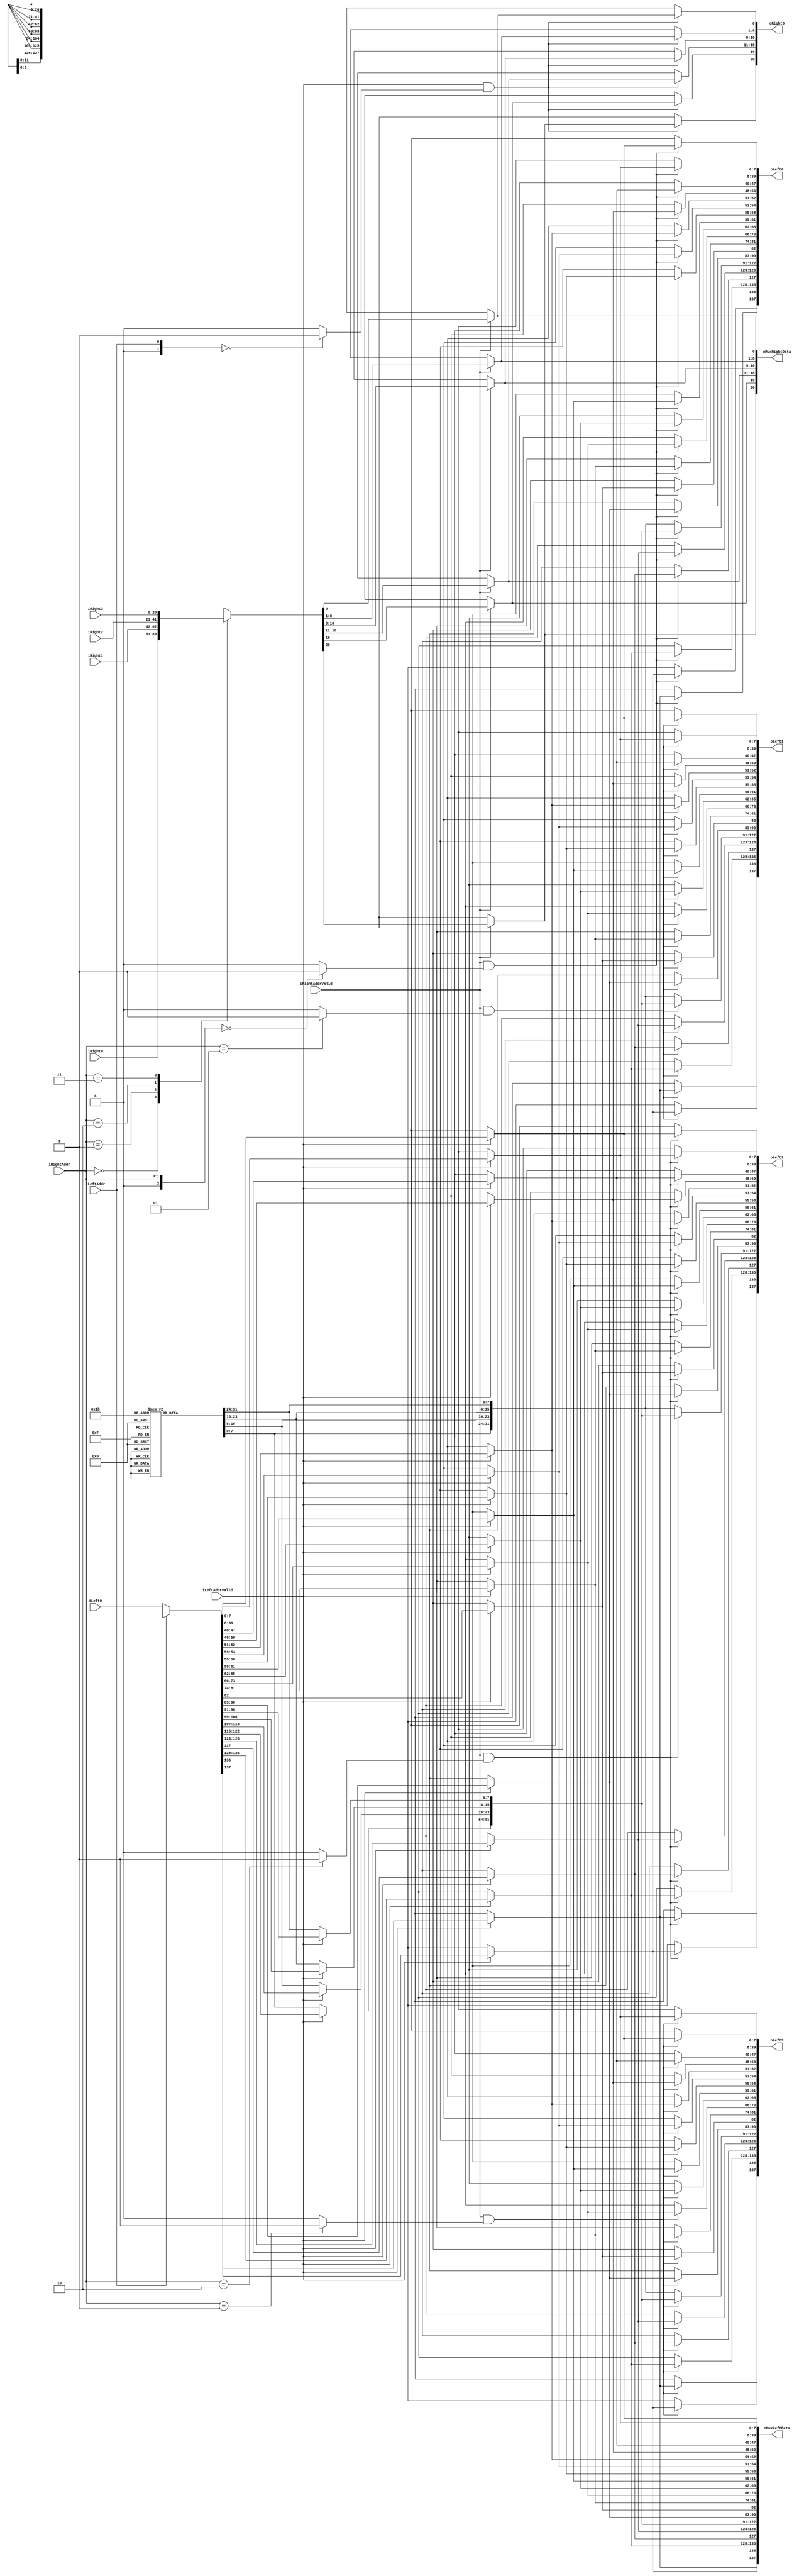
`timescale 1ns/1ps
`default_nettype none
// PLEASE READ THIS, IT MAY SAVE YOU SOME TIME AND MONEY, THANK YOU!
// * This file was generated by Quokka FPGA Toolkit.
// * Generated code is your property, do whatever you want with it
// * Place custom code between [BEGIN USER ***] and [END USER ***].
// * CAUTION: All code outside of [USER] scope is subject to regeneration.
// * Bad things happen sometimes in developer's life,
//   it is recommended to use source control management software (e.g. git, bzr etc) to keep your custom code safe'n'sound.
// * Internal structure of code is subject to change.
//   You can use some of signals in custom code, but most likely they will not exist in future (e.g. will get shorter or gone completely)
// * Please send your feedback, comments, improvement ideas etc. to evmuryshkin@gmail.com
// * Visit https://github.com/EvgenyMuryshkin/QuokkaEvaluation to access latest version of playground
//
// DISCLAIMER:
//   Code comes AS-IS, it is your responsibility to make sure it is working as expected
//   no responsibility will be taken for any loss or damage caused by use of Quokka toolkit.
//
// System configuration name is AXISoCQuadCoreModule_TopLevel_cpu3Interconnect_writeInterconnect_DuplexMux, clock frequency is 1Hz, Embedded
// FSM summary
// -- Packages
module AXISoCQuadCoreModule_TopLevel_cpu3Interconnect_writeInterconnect_DuplexMux
(
	// [BEGIN USER PORTS]
	// [END USER PORTS]
	input wire [137:0] iLeft0,
	input wire [0:0] iLeftAddr,
	input wire iLeftAddrValid,
	input wire [20:0] iRight0,
	input wire [20:0] iRight1,
	input wire [20:0] iRight2,
	input wire [20:0] iRight3,
	input wire [1:0] iRightAddr,
	input wire iRightAddrValid,
	output wire [137:0] oLeft0,
	output wire [137:0] oLeft1,
	output wire [137:0] oLeft2,
	output wire [137:0] oLeft3,
	output wire [137:0] oMuxLeftData,
	output wire [20:0] oMuxRightData,
	output wire [20:0] oRight0
);
	// [BEGIN USER SIGNALS]
	// [END USER SIGNALS]
	localparam HiSignal = 1'b1;
	localparam LoSignal = 1'b0;
	wire Zero = 1'b0;
	wire One = 1'b1;
	wire true = 1'b1;
	wire false = 1'b0;
	wire signed [1: 0] leftCount = 2'b01;
	wire signed [3: 0] rightCount = 4'b0100;
	wire FullDuplexMuxModule_L94F13L104T14_0_rightIndex = 1'b0;
	wire FullDuplexMuxModule_L94F13L104T14_1_rightIndex = 1'b1;
	wire [1: 0] FullDuplexMuxModule_L94F13L104T14_2_rightIndex = 2'b10;
	wire [1: 0] FullDuplexMuxModule_L94F13L104T14_3_rightIndex = 2'b11;
	wire FullDuplexMuxModule_L118F13L128T14_0_leftIndex = 1'b0;
	wire [0: 0] Inputs_iLeftAddr;
	wire Inputs_iLeftAddrValid;
	wire [1: 0] Inputs_iRightAddr;
	wire Inputs_iRightAddrValid;
	reg [7: 0] mEmptyLeftData_AW_AWID;
	reg [31: 0] mEmptyLeftData_AW_AWADDR;
	reg [7: 0] mEmptyLeftData_AW_AWLEN;
	reg [2: 0] mEmptyLeftData_AW_AWSIZE;
	reg [1: 0] mEmptyLeftData_AW_AWBURST;
	reg [1: 0] mEmptyLeftData_AW_AWLOCK;
	reg [3: 0] mEmptyLeftData_AW_AWCACHE;
	reg [2: 0] mEmptyLeftData_AW_AWPROT;
	reg [3: 0] mEmptyLeftData_AW_AWQOS;
	reg [7: 0] mEmptyLeftData_AW_AWREGION;
	reg [7: 0] mEmptyLeftData_AW_AWUSER;
	reg mEmptyLeftData_AW_AWVALID;
	reg [7: 0] mEmptyLeftData_W_WID;
	reg [3: 0] mEmptyLeftData_W_WSTRB;
	reg mEmptyLeftData_W_WLAST;
	reg [7: 0] mEmptyLeftData_W_WUSER;
	reg mEmptyLeftData_W_WVALID;
	reg mEmptyLeftData_B_BREADY;
	reg mEmptyRightData_AW_AWREADY;
	reg [7: 0] mEmptyRightData_B_BID;
	reg [1: 0] mEmptyRightData_B_BRESP;
	reg [7: 0] mEmptyRightData_B_BUSER;
	reg mEmptyRightData_B_BVALID;
	reg mEmptyRightData_W_WREADY;
	reg [7: 0] mMuxLeftData_AW_AWID;
	reg [31: 0] mMuxLeftData_AW_AWADDR;
	reg [7: 0] mMuxLeftData_AW_AWLEN;
	reg [2: 0] mMuxLeftData_AW_AWSIZE;
	reg [1: 0] mMuxLeftData_AW_AWBURST;
	reg [1: 0] mMuxLeftData_AW_AWLOCK;
	reg [3: 0] mMuxLeftData_AW_AWCACHE;
	reg [2: 0] mMuxLeftData_AW_AWPROT;
	reg [3: 0] mMuxLeftData_AW_AWQOS;
	reg [7: 0] mMuxLeftData_AW_AWREGION;
	reg [7: 0] mMuxLeftData_AW_AWUSER;
	reg mMuxLeftData_AW_AWVALID;
	reg [7: 0] mMuxLeftData_W_WID;
	reg [3: 0] mMuxLeftData_W_WSTRB;
	reg mMuxLeftData_W_WLAST;
	reg [7: 0] mMuxLeftData_W_WUSER;
	reg mMuxLeftData_W_WVALID;
	reg mMuxLeftData_B_BREADY;
	reg mMuxRightData_AW_AWREADY;
	reg [7: 0] mMuxRightData_B_BID;
	reg [1: 0] mMuxRightData_B_BRESP;
	reg [7: 0] mMuxRightData_B_BUSER;
	reg mMuxRightData_B_BVALID;
	reg mMuxRightData_W_WREADY;
	wire FullDuplexMuxModule_L94F13L104T14_0_FullDuplexMuxModule_L96F21T78_Expr;
	wire FullDuplexMuxModule_L94F13L104T14_0_FullDuplexMuxModule_L96F21T78_Expr_1;
	wire FullDuplexMuxModule_L94F13L104T14_0_FullDuplexMuxModule_L96F21T78_Expr_2;
	wire FullDuplexMuxModule_L94F13L104T14_1_FullDuplexMuxModule_L96F21T78_Expr;
	wire FullDuplexMuxModule_L94F13L104T14_1_FullDuplexMuxModule_L96F21T78_Expr_1;
	wire FullDuplexMuxModule_L94F13L104T14_1_FullDuplexMuxModule_L96F21T78_Expr_2;
	wire FullDuplexMuxModule_L94F13L104T14_2_FullDuplexMuxModule_L96F21T78_Expr;
	wire FullDuplexMuxModule_L94F13L104T14_2_FullDuplexMuxModule_L96F21T78_Expr_1;
	wire FullDuplexMuxModule_L94F13L104T14_2_FullDuplexMuxModule_L96F21T78_Expr_2;
	wire FullDuplexMuxModule_L94F13L104T14_3_FullDuplexMuxModule_L96F21T78_Expr;
	wire FullDuplexMuxModule_L94F13L104T14_3_FullDuplexMuxModule_L96F21T78_Expr_1;
	wire FullDuplexMuxModule_L94F13L104T14_3_FullDuplexMuxModule_L96F21T78_Expr_2;
	wire FullDuplexMuxModule_L118F13L128T14_0_FullDuplexMuxModule_L120F21T75_Expr;
	wire FullDuplexMuxModule_L118F13L128T14_0_FullDuplexMuxModule_L120F21T75_Expr_1;
	wire FullDuplexMuxModule_L118F13L128T14_0_FullDuplexMuxModule_L120F21T75_Expr_2;
	wire FullDuplexMuxModule_L94F13L104T14_0_FullDuplexMuxModule_L96F47T78_Expr;
	wire signed [2: 0] FullDuplexMuxModule_L94F13L104T14_0_FullDuplexMuxModule_L96F47T78_ExprLhs;
	wire signed [2: 0] FullDuplexMuxModule_L94F13L104T14_0_FullDuplexMuxModule_L96F47T78_ExprRhs;
	wire FullDuplexMuxModule_L94F13L104T14_1_FullDuplexMuxModule_L96F47T78_Expr;
	wire signed [2: 0] FullDuplexMuxModule_L94F13L104T14_1_FullDuplexMuxModule_L96F47T78_ExprLhs;
	wire signed [2: 0] FullDuplexMuxModule_L94F13L104T14_1_FullDuplexMuxModule_L96F47T78_ExprRhs;
	wire FullDuplexMuxModule_L94F13L104T14_2_FullDuplexMuxModule_L96F47T78_Expr;
	wire signed [2: 0] FullDuplexMuxModule_L94F13L104T14_2_FullDuplexMuxModule_L96F47T78_ExprLhs;
	wire signed [2: 0] FullDuplexMuxModule_L94F13L104T14_2_FullDuplexMuxModule_L96F47T78_ExprRhs;
	wire FullDuplexMuxModule_L94F13L104T14_3_FullDuplexMuxModule_L96F47T78_Expr;
	wire signed [2: 0] FullDuplexMuxModule_L94F13L104T14_3_FullDuplexMuxModule_L96F47T78_ExprLhs;
	wire signed [2: 0] FullDuplexMuxModule_L94F13L104T14_3_FullDuplexMuxModule_L96F47T78_ExprRhs;
	wire FullDuplexMuxModule_L118F13L128T14_0_FullDuplexMuxModule_L120F46T75_Expr;
	wire signed [1: 0] FullDuplexMuxModule_L118F13L128T14_0_FullDuplexMuxModule_L120F46T75_ExprLhs;
	wire signed [1: 0] FullDuplexMuxModule_L118F13L128T14_0_FullDuplexMuxModule_L120F46T75_ExprRhs;
	wire [137 : 0] Inputs_iLeft [0 : 0];
	wire [20 : 0] Inputs_iRight [0 : 3];
	reg [7 : 0] mEmptyLeftData_W_WDATA [0 : 3];
	integer mEmptyLeftData_W_WDATA_i;
	initial
	begin : Init_mEmptyLeftData_W_WDATA
		for (mEmptyLeftData_W_WDATA_i = 0; mEmptyLeftData_W_WDATA_i < 4; mEmptyLeftData_W_WDATA_i = mEmptyLeftData_W_WDATA_i + 1)
			mEmptyLeftData_W_WDATA[mEmptyLeftData_W_WDATA_i] = 0;
	end
	reg [7 : 0] mMuxLeftData_W_WDATA [0 : 3];
	integer mMuxLeftData_W_WDATA_i;
	initial
	begin : Init_mMuxLeftData_W_WDATA
		for (mMuxLeftData_W_WDATA_i = 0; mMuxLeftData_W_WDATA_i < 4; mMuxLeftData_W_WDATA_i = mMuxLeftData_W_WDATA_i + 1)
			mMuxLeftData_W_WDATA[mMuxLeftData_W_WDATA_i] = 0;
	end
	reg [137 : 0] mOutLeftData [0 : 3];
	integer mOutLeftData_i;
	initial
	begin : Init_mOutLeftData
		for (mOutLeftData_i = 0; mOutLeftData_i < 4; mOutLeftData_i = mOutLeftData_i + 1)
			mOutLeftData[mOutLeftData_i] = 0;
	end
	reg [20 : 0] mOutRightData [0 : 0];
	integer mOutRightData_i;
	initial
	begin : Init_mOutRightData
		for (mOutRightData_i = 0; mOutRightData_i < 1; mOutRightData_i = mOutRightData_i + 1)
			mOutRightData[mOutRightData_i] = 0;
	end
	assign FullDuplexMuxModule_L94F13L104T14_0_FullDuplexMuxModule_L96F47T78_Expr = FullDuplexMuxModule_L94F13L104T14_0_FullDuplexMuxModule_L96F47T78_ExprLhs == FullDuplexMuxModule_L94F13L104T14_0_FullDuplexMuxModule_L96F47T78_ExprRhs ? 1'b1 : 1'b0;
	assign FullDuplexMuxModule_L94F13L104T14_1_FullDuplexMuxModule_L96F47T78_Expr = FullDuplexMuxModule_L94F13L104T14_1_FullDuplexMuxModule_L96F47T78_ExprLhs == FullDuplexMuxModule_L94F13L104T14_1_FullDuplexMuxModule_L96F47T78_ExprRhs ? 1'b1 : 1'b0;
	assign FullDuplexMuxModule_L94F13L104T14_2_FullDuplexMuxModule_L96F47T78_Expr = FullDuplexMuxModule_L94F13L104T14_2_FullDuplexMuxModule_L96F47T78_ExprLhs == FullDuplexMuxModule_L94F13L104T14_2_FullDuplexMuxModule_L96F47T78_ExprRhs ? 1'b1 : 1'b0;
	assign FullDuplexMuxModule_L94F13L104T14_3_FullDuplexMuxModule_L96F47T78_Expr = FullDuplexMuxModule_L94F13L104T14_3_FullDuplexMuxModule_L96F47T78_ExprLhs == FullDuplexMuxModule_L94F13L104T14_3_FullDuplexMuxModule_L96F47T78_ExprRhs ? 1'b1 : 1'b0;
	assign FullDuplexMuxModule_L118F13L128T14_0_FullDuplexMuxModule_L120F46T75_Expr = FullDuplexMuxModule_L118F13L128T14_0_FullDuplexMuxModule_L120F46T75_ExprLhs == FullDuplexMuxModule_L118F13L128T14_0_FullDuplexMuxModule_L120F46T75_ExprRhs ? 1'b1 : 1'b0;
	assign FullDuplexMuxModule_L94F13L104T14_0_FullDuplexMuxModule_L96F21T78_Expr = FullDuplexMuxModule_L94F13L104T14_0_FullDuplexMuxModule_L96F21T78_Expr_1 & FullDuplexMuxModule_L94F13L104T14_0_FullDuplexMuxModule_L96F21T78_Expr_2;
	assign FullDuplexMuxModule_L94F13L104T14_1_FullDuplexMuxModule_L96F21T78_Expr = FullDuplexMuxModule_L94F13L104T14_1_FullDuplexMuxModule_L96F21T78_Expr_1 & FullDuplexMuxModule_L94F13L104T14_1_FullDuplexMuxModule_L96F21T78_Expr_2;
	assign FullDuplexMuxModule_L94F13L104T14_2_FullDuplexMuxModule_L96F21T78_Expr = FullDuplexMuxModule_L94F13L104T14_2_FullDuplexMuxModule_L96F21T78_Expr_1 & FullDuplexMuxModule_L94F13L104T14_2_FullDuplexMuxModule_L96F21T78_Expr_2;
	assign FullDuplexMuxModule_L94F13L104T14_3_FullDuplexMuxModule_L96F21T78_Expr = FullDuplexMuxModule_L94F13L104T14_3_FullDuplexMuxModule_L96F21T78_Expr_1 & FullDuplexMuxModule_L94F13L104T14_3_FullDuplexMuxModule_L96F21T78_Expr_2;
	assign FullDuplexMuxModule_L118F13L128T14_0_FullDuplexMuxModule_L120F21T75_Expr = FullDuplexMuxModule_L118F13L128T14_0_FullDuplexMuxModule_L120F21T75_Expr_1 & FullDuplexMuxModule_L118F13L128T14_0_FullDuplexMuxModule_L120F21T75_Expr_2;
	always @ (*)
	begin
		if ((Inputs_iLeftAddrValid == 1))
		begin
			mMuxLeftData_B_BREADY = Inputs_iLeft[Inputs_iLeftAddr][137];
			mMuxLeftData_W_WVALID = Inputs_iLeft[Inputs_iLeftAddr][136];
			mMuxLeftData_W_WUSER = Inputs_iLeft[Inputs_iLeftAddr][135:128];
			mMuxLeftData_W_WLAST = Inputs_iLeft[Inputs_iLeftAddr][127];
			mMuxLeftData_W_WSTRB = Inputs_iLeft[Inputs_iLeftAddr][126:123];
			mMuxLeftData_W_WDATA[3] = Inputs_iLeft[Inputs_iLeftAddr][122:115];
			mMuxLeftData_W_WDATA[2] = Inputs_iLeft[Inputs_iLeftAddr][114:107];
			mMuxLeftData_W_WDATA[1] = Inputs_iLeft[Inputs_iLeftAddr][106:99];
			mMuxLeftData_W_WDATA[0] = Inputs_iLeft[Inputs_iLeftAddr][98:91];
			mMuxLeftData_W_WID = Inputs_iLeft[Inputs_iLeftAddr][90:83];
			mMuxLeftData_AW_AWVALID = Inputs_iLeft[Inputs_iLeftAddr][82];
			mMuxLeftData_AW_AWUSER = Inputs_iLeft[Inputs_iLeftAddr][81:74];
			mMuxLeftData_AW_AWREGION = Inputs_iLeft[Inputs_iLeftAddr][73:66];
			mMuxLeftData_AW_AWQOS = Inputs_iLeft[Inputs_iLeftAddr][65:62];
			mMuxLeftData_AW_AWPROT = Inputs_iLeft[Inputs_iLeftAddr][61:59];
			mMuxLeftData_AW_AWCACHE = Inputs_iLeft[Inputs_iLeftAddr][58:55];
			mMuxLeftData_AW_AWLOCK = Inputs_iLeft[Inputs_iLeftAddr][54:53];
			mMuxLeftData_AW_AWBURST = Inputs_iLeft[Inputs_iLeftAddr][52:51];
			mMuxLeftData_AW_AWSIZE = Inputs_iLeft[Inputs_iLeftAddr][50:48];
			mMuxLeftData_AW_AWLEN = Inputs_iLeft[Inputs_iLeftAddr][47:40];
			mMuxLeftData_AW_AWADDR = Inputs_iLeft[Inputs_iLeftAddr][39:8];
			mMuxLeftData_AW_AWID = Inputs_iLeft[Inputs_iLeftAddr][7:0];
		end
		else
		begin
			mMuxLeftData_AW_AWID = mEmptyLeftData_AW_AWID;
			mMuxLeftData_AW_AWADDR = mEmptyLeftData_AW_AWADDR;
			mMuxLeftData_AW_AWLEN = mEmptyLeftData_AW_AWLEN;
			mMuxLeftData_AW_AWSIZE = mEmptyLeftData_AW_AWSIZE;
			mMuxLeftData_AW_AWBURST = mEmptyLeftData_AW_AWBURST;
			mMuxLeftData_AW_AWLOCK = mEmptyLeftData_AW_AWLOCK;
			mMuxLeftData_AW_AWCACHE = mEmptyLeftData_AW_AWCACHE;
			mMuxLeftData_AW_AWPROT = mEmptyLeftData_AW_AWPROT;
			mMuxLeftData_AW_AWQOS = mEmptyLeftData_AW_AWQOS;
			mMuxLeftData_AW_AWREGION = mEmptyLeftData_AW_AWREGION;
			mMuxLeftData_AW_AWUSER = mEmptyLeftData_AW_AWUSER;
			mMuxLeftData_AW_AWVALID = mEmptyLeftData_AW_AWVALID;
			mMuxLeftData_W_WID = mEmptyLeftData_W_WID;
			mMuxLeftData_W_WDATA[0] = mEmptyLeftData_W_WDATA[0];
			mMuxLeftData_W_WDATA[1] = mEmptyLeftData_W_WDATA[1];
			mMuxLeftData_W_WDATA[2] = mEmptyLeftData_W_WDATA[2];
			mMuxLeftData_W_WDATA[3] = mEmptyLeftData_W_WDATA[3];
			mMuxLeftData_W_WSTRB = mEmptyLeftData_W_WSTRB;
			mMuxLeftData_W_WLAST = mEmptyLeftData_W_WLAST;
			mMuxLeftData_W_WUSER = mEmptyLeftData_W_WUSER;
			mMuxLeftData_W_WVALID = mEmptyLeftData_W_WVALID;
			mMuxLeftData_B_BREADY = mEmptyLeftData_B_BREADY;
		end
	end
	always @ (*)
	begin
		if ((FullDuplexMuxModule_L94F13L104T14_0_FullDuplexMuxModule_L96F21T78_Expr == 1))
		begin
			mOutLeftData[0][137] = mMuxLeftData_B_BREADY;
			mOutLeftData[0][136] = mMuxLeftData_W_WVALID;
			mOutLeftData[0][135:128] = mMuxLeftData_W_WUSER;
			mOutLeftData[0][127] = mMuxLeftData_W_WLAST;
			mOutLeftData[0][126:123] = mMuxLeftData_W_WSTRB;
			mOutLeftData[0][122:91] = {
				mMuxLeftData_W_WDATA[3],
				mMuxLeftData_W_WDATA[2],
				mMuxLeftData_W_WDATA[1],
				mMuxLeftData_W_WDATA[0]
			}
			;
			mOutLeftData[0][90:83] = mMuxLeftData_W_WID;
			mOutLeftData[0][82] = mMuxLeftData_AW_AWVALID;
			mOutLeftData[0][81:74] = mMuxLeftData_AW_AWUSER;
			mOutLeftData[0][73:66] = mMuxLeftData_AW_AWREGION;
			mOutLeftData[0][65:62] = mMuxLeftData_AW_AWQOS;
			mOutLeftData[0][61:59] = mMuxLeftData_AW_AWPROT;
			mOutLeftData[0][58:55] = mMuxLeftData_AW_AWCACHE;
			mOutLeftData[0][54:53] = mMuxLeftData_AW_AWLOCK;
			mOutLeftData[0][52:51] = mMuxLeftData_AW_AWBURST;
			mOutLeftData[0][50:48] = mMuxLeftData_AW_AWSIZE;
			mOutLeftData[0][47:40] = mMuxLeftData_AW_AWLEN;
			mOutLeftData[0][39:8] = mMuxLeftData_AW_AWADDR;
			mOutLeftData[0][7:0] = mMuxLeftData_AW_AWID;
		end
		else
		begin
			mOutLeftData[0][137] = mEmptyLeftData_B_BREADY;
			mOutLeftData[0][136] = mEmptyLeftData_W_WVALID;
			mOutLeftData[0][135:128] = mEmptyLeftData_W_WUSER;
			mOutLeftData[0][127] = mEmptyLeftData_W_WLAST;
			mOutLeftData[0][126:123] = mEmptyLeftData_W_WSTRB;
			mOutLeftData[0][122:91] = {
				mEmptyLeftData_W_WDATA[3],
				mEmptyLeftData_W_WDATA[2],
				mEmptyLeftData_W_WDATA[1],
				mEmptyLeftData_W_WDATA[0]
			}
			;
			mOutLeftData[0][90:83] = mEmptyLeftData_W_WID;
			mOutLeftData[0][82] = mEmptyLeftData_AW_AWVALID;
			mOutLeftData[0][81:74] = mEmptyLeftData_AW_AWUSER;
			mOutLeftData[0][73:66] = mEmptyLeftData_AW_AWREGION;
			mOutLeftData[0][65:62] = mEmptyLeftData_AW_AWQOS;
			mOutLeftData[0][61:59] = mEmptyLeftData_AW_AWPROT;
			mOutLeftData[0][58:55] = mEmptyLeftData_AW_AWCACHE;
			mOutLeftData[0][54:53] = mEmptyLeftData_AW_AWLOCK;
			mOutLeftData[0][52:51] = mEmptyLeftData_AW_AWBURST;
			mOutLeftData[0][50:48] = mEmptyLeftData_AW_AWSIZE;
			mOutLeftData[0][47:40] = mEmptyLeftData_AW_AWLEN;
			mOutLeftData[0][39:8] = mEmptyLeftData_AW_AWADDR;
			mOutLeftData[0][7:0] = mEmptyLeftData_AW_AWID;
		end
	end
	always @ (*)
	begin
		if ((FullDuplexMuxModule_L94F13L104T14_1_FullDuplexMuxModule_L96F21T78_Expr == 1))
		begin
			mOutLeftData[1][137] = mMuxLeftData_B_BREADY;
			mOutLeftData[1][136] = mMuxLeftData_W_WVALID;
			mOutLeftData[1][135:128] = mMuxLeftData_W_WUSER;
			mOutLeftData[1][127] = mMuxLeftData_W_WLAST;
			mOutLeftData[1][126:123] = mMuxLeftData_W_WSTRB;
			mOutLeftData[1][122:91] = {
				mMuxLeftData_W_WDATA[3],
				mMuxLeftData_W_WDATA[2],
				mMuxLeftData_W_WDATA[1],
				mMuxLeftData_W_WDATA[0]
			}
			;
			mOutLeftData[1][90:83] = mMuxLeftData_W_WID;
			mOutLeftData[1][82] = mMuxLeftData_AW_AWVALID;
			mOutLeftData[1][81:74] = mMuxLeftData_AW_AWUSER;
			mOutLeftData[1][73:66] = mMuxLeftData_AW_AWREGION;
			mOutLeftData[1][65:62] = mMuxLeftData_AW_AWQOS;
			mOutLeftData[1][61:59] = mMuxLeftData_AW_AWPROT;
			mOutLeftData[1][58:55] = mMuxLeftData_AW_AWCACHE;
			mOutLeftData[1][54:53] = mMuxLeftData_AW_AWLOCK;
			mOutLeftData[1][52:51] = mMuxLeftData_AW_AWBURST;
			mOutLeftData[1][50:48] = mMuxLeftData_AW_AWSIZE;
			mOutLeftData[1][47:40] = mMuxLeftData_AW_AWLEN;
			mOutLeftData[1][39:8] = mMuxLeftData_AW_AWADDR;
			mOutLeftData[1][7:0] = mMuxLeftData_AW_AWID;
		end
		else
		begin
			mOutLeftData[1][137] = mEmptyLeftData_B_BREADY;
			mOutLeftData[1][136] = mEmptyLeftData_W_WVALID;
			mOutLeftData[1][135:128] = mEmptyLeftData_W_WUSER;
			mOutLeftData[1][127] = mEmptyLeftData_W_WLAST;
			mOutLeftData[1][126:123] = mEmptyLeftData_W_WSTRB;
			mOutLeftData[1][122:91] = {
				mEmptyLeftData_W_WDATA[3],
				mEmptyLeftData_W_WDATA[2],
				mEmptyLeftData_W_WDATA[1],
				mEmptyLeftData_W_WDATA[0]
			}
			;
			mOutLeftData[1][90:83] = mEmptyLeftData_W_WID;
			mOutLeftData[1][82] = mEmptyLeftData_AW_AWVALID;
			mOutLeftData[1][81:74] = mEmptyLeftData_AW_AWUSER;
			mOutLeftData[1][73:66] = mEmptyLeftData_AW_AWREGION;
			mOutLeftData[1][65:62] = mEmptyLeftData_AW_AWQOS;
			mOutLeftData[1][61:59] = mEmptyLeftData_AW_AWPROT;
			mOutLeftData[1][58:55] = mEmptyLeftData_AW_AWCACHE;
			mOutLeftData[1][54:53] = mEmptyLeftData_AW_AWLOCK;
			mOutLeftData[1][52:51] = mEmptyLeftData_AW_AWBURST;
			mOutLeftData[1][50:48] = mEmptyLeftData_AW_AWSIZE;
			mOutLeftData[1][47:40] = mEmptyLeftData_AW_AWLEN;
			mOutLeftData[1][39:8] = mEmptyLeftData_AW_AWADDR;
			mOutLeftData[1][7:0] = mEmptyLeftData_AW_AWID;
		end
	end
	always @ (*)
	begin
		if ((FullDuplexMuxModule_L94F13L104T14_2_FullDuplexMuxModule_L96F21T78_Expr == 1))
		begin
			mOutLeftData[2][137] = mMuxLeftData_B_BREADY;
			mOutLeftData[2][136] = mMuxLeftData_W_WVALID;
			mOutLeftData[2][135:128] = mMuxLeftData_W_WUSER;
			mOutLeftData[2][127] = mMuxLeftData_W_WLAST;
			mOutLeftData[2][126:123] = mMuxLeftData_W_WSTRB;
			mOutLeftData[2][122:91] = {
				mMuxLeftData_W_WDATA[3],
				mMuxLeftData_W_WDATA[2],
				mMuxLeftData_W_WDATA[1],
				mMuxLeftData_W_WDATA[0]
			}
			;
			mOutLeftData[2][90:83] = mMuxLeftData_W_WID;
			mOutLeftData[2][82] = mMuxLeftData_AW_AWVALID;
			mOutLeftData[2][81:74] = mMuxLeftData_AW_AWUSER;
			mOutLeftData[2][73:66] = mMuxLeftData_AW_AWREGION;
			mOutLeftData[2][65:62] = mMuxLeftData_AW_AWQOS;
			mOutLeftData[2][61:59] = mMuxLeftData_AW_AWPROT;
			mOutLeftData[2][58:55] = mMuxLeftData_AW_AWCACHE;
			mOutLeftData[2][54:53] = mMuxLeftData_AW_AWLOCK;
			mOutLeftData[2][52:51] = mMuxLeftData_AW_AWBURST;
			mOutLeftData[2][50:48] = mMuxLeftData_AW_AWSIZE;
			mOutLeftData[2][47:40] = mMuxLeftData_AW_AWLEN;
			mOutLeftData[2][39:8] = mMuxLeftData_AW_AWADDR;
			mOutLeftData[2][7:0] = mMuxLeftData_AW_AWID;
		end
		else
		begin
			mOutLeftData[2][137] = mEmptyLeftData_B_BREADY;
			mOutLeftData[2][136] = mEmptyLeftData_W_WVALID;
			mOutLeftData[2][135:128] = mEmptyLeftData_W_WUSER;
			mOutLeftData[2][127] = mEmptyLeftData_W_WLAST;
			mOutLeftData[2][126:123] = mEmptyLeftData_W_WSTRB;
			mOutLeftData[2][122:91] = {
				mEmptyLeftData_W_WDATA[3],
				mEmptyLeftData_W_WDATA[2],
				mEmptyLeftData_W_WDATA[1],
				mEmptyLeftData_W_WDATA[0]
			}
			;
			mOutLeftData[2][90:83] = mEmptyLeftData_W_WID;
			mOutLeftData[2][82] = mEmptyLeftData_AW_AWVALID;
			mOutLeftData[2][81:74] = mEmptyLeftData_AW_AWUSER;
			mOutLeftData[2][73:66] = mEmptyLeftData_AW_AWREGION;
			mOutLeftData[2][65:62] = mEmptyLeftData_AW_AWQOS;
			mOutLeftData[2][61:59] = mEmptyLeftData_AW_AWPROT;
			mOutLeftData[2][58:55] = mEmptyLeftData_AW_AWCACHE;
			mOutLeftData[2][54:53] = mEmptyLeftData_AW_AWLOCK;
			mOutLeftData[2][52:51] = mEmptyLeftData_AW_AWBURST;
			mOutLeftData[2][50:48] = mEmptyLeftData_AW_AWSIZE;
			mOutLeftData[2][47:40] = mEmptyLeftData_AW_AWLEN;
			mOutLeftData[2][39:8] = mEmptyLeftData_AW_AWADDR;
			mOutLeftData[2][7:0] = mEmptyLeftData_AW_AWID;
		end
	end
	always @ (*)
	begin
		if ((FullDuplexMuxModule_L94F13L104T14_3_FullDuplexMuxModule_L96F21T78_Expr == 1))
		begin
			mOutLeftData[3][137] = mMuxLeftData_B_BREADY;
			mOutLeftData[3][136] = mMuxLeftData_W_WVALID;
			mOutLeftData[3][135:128] = mMuxLeftData_W_WUSER;
			mOutLeftData[3][127] = mMuxLeftData_W_WLAST;
			mOutLeftData[3][126:123] = mMuxLeftData_W_WSTRB;
			mOutLeftData[3][122:91] = {
				mMuxLeftData_W_WDATA[3],
				mMuxLeftData_W_WDATA[2],
				mMuxLeftData_W_WDATA[1],
				mMuxLeftData_W_WDATA[0]
			}
			;
			mOutLeftData[3][90:83] = mMuxLeftData_W_WID;
			mOutLeftData[3][82] = mMuxLeftData_AW_AWVALID;
			mOutLeftData[3][81:74] = mMuxLeftData_AW_AWUSER;
			mOutLeftData[3][73:66] = mMuxLeftData_AW_AWREGION;
			mOutLeftData[3][65:62] = mMuxLeftData_AW_AWQOS;
			mOutLeftData[3][61:59] = mMuxLeftData_AW_AWPROT;
			mOutLeftData[3][58:55] = mMuxLeftData_AW_AWCACHE;
			mOutLeftData[3][54:53] = mMuxLeftData_AW_AWLOCK;
			mOutLeftData[3][52:51] = mMuxLeftData_AW_AWBURST;
			mOutLeftData[3][50:48] = mMuxLeftData_AW_AWSIZE;
			mOutLeftData[3][47:40] = mMuxLeftData_AW_AWLEN;
			mOutLeftData[3][39:8] = mMuxLeftData_AW_AWADDR;
			mOutLeftData[3][7:0] = mMuxLeftData_AW_AWID;
		end
		else
		begin
			mOutLeftData[3][137] = mEmptyLeftData_B_BREADY;
			mOutLeftData[3][136] = mEmptyLeftData_W_WVALID;
			mOutLeftData[3][135:128] = mEmptyLeftData_W_WUSER;
			mOutLeftData[3][127] = mEmptyLeftData_W_WLAST;
			mOutLeftData[3][126:123] = mEmptyLeftData_W_WSTRB;
			mOutLeftData[3][122:91] = {
				mEmptyLeftData_W_WDATA[3],
				mEmptyLeftData_W_WDATA[2],
				mEmptyLeftData_W_WDATA[1],
				mEmptyLeftData_W_WDATA[0]
			}
			;
			mOutLeftData[3][90:83] = mEmptyLeftData_W_WID;
			mOutLeftData[3][82] = mEmptyLeftData_AW_AWVALID;
			mOutLeftData[3][81:74] = mEmptyLeftData_AW_AWUSER;
			mOutLeftData[3][73:66] = mEmptyLeftData_AW_AWREGION;
			mOutLeftData[3][65:62] = mEmptyLeftData_AW_AWQOS;
			mOutLeftData[3][61:59] = mEmptyLeftData_AW_AWPROT;
			mOutLeftData[3][58:55] = mEmptyLeftData_AW_AWCACHE;
			mOutLeftData[3][54:53] = mEmptyLeftData_AW_AWLOCK;
			mOutLeftData[3][52:51] = mEmptyLeftData_AW_AWBURST;
			mOutLeftData[3][50:48] = mEmptyLeftData_AW_AWSIZE;
			mOutLeftData[3][47:40] = mEmptyLeftData_AW_AWLEN;
			mOutLeftData[3][39:8] = mEmptyLeftData_AW_AWADDR;
			mOutLeftData[3][7:0] = mEmptyLeftData_AW_AWID;
		end
	end
	always @ (*)
	begin
		if ((Inputs_iRightAddrValid == 1))
		begin
			mMuxRightData_W_WREADY = Inputs_iRight[Inputs_iRightAddr][20];
			mMuxRightData_B_BVALID = Inputs_iRight[Inputs_iRightAddr][19];
			mMuxRightData_B_BUSER = Inputs_iRight[Inputs_iRightAddr][18:11];
			mMuxRightData_B_BRESP = Inputs_iRight[Inputs_iRightAddr][10:9];
			mMuxRightData_B_BID = Inputs_iRight[Inputs_iRightAddr][8:1];
			mMuxRightData_AW_AWREADY = Inputs_iRight[Inputs_iRightAddr][0];
		end
		else
		begin
			mMuxRightData_AW_AWREADY = mEmptyRightData_AW_AWREADY;
			mMuxRightData_B_BID = mEmptyRightData_B_BID;
			mMuxRightData_B_BRESP = mEmptyRightData_B_BRESP;
			mMuxRightData_B_BUSER = mEmptyRightData_B_BUSER;
			mMuxRightData_B_BVALID = mEmptyRightData_B_BVALID;
			mMuxRightData_W_WREADY = mEmptyRightData_W_WREADY;
		end
	end
	always @ (*)
	begin
		if ((FullDuplexMuxModule_L118F13L128T14_0_FullDuplexMuxModule_L120F21T75_Expr == 1))
		begin
			mOutRightData[0][20] = mMuxRightData_W_WREADY;
			mOutRightData[0][19] = mMuxRightData_B_BVALID;
			mOutRightData[0][18:11] = mMuxRightData_B_BUSER;
			mOutRightData[0][10:9] = mMuxRightData_B_BRESP;
			mOutRightData[0][8:1] = mMuxRightData_B_BID;
			mOutRightData[0][0] = mMuxRightData_AW_AWREADY;
		end
		else
		begin
			mOutRightData[0][20] = mEmptyRightData_W_WREADY;
			mOutRightData[0][19] = mEmptyRightData_B_BVALID;
			mOutRightData[0][18:11] = mEmptyRightData_B_BUSER;
			mOutRightData[0][10:9] = mEmptyRightData_B_BRESP;
			mOutRightData[0][8:1] = mEmptyRightData_B_BID;
			mOutRightData[0][0] = mEmptyRightData_AW_AWREADY;
		end
	end
	assign FullDuplexMuxModule_L94F13L104T14_0_FullDuplexMuxModule_L96F47T78_ExprLhs = {
		1'b0,
		Inputs_iRightAddr
	}
	;
	assign FullDuplexMuxModule_L94F13L104T14_0_FullDuplexMuxModule_L96F47T78_ExprRhs = {
		{2{1'b0}},
		FullDuplexMuxModule_L94F13L104T14_0_rightIndex
	}
	;
	assign FullDuplexMuxModule_L94F13L104T14_1_FullDuplexMuxModule_L96F47T78_ExprLhs = {
		1'b0,
		Inputs_iRightAddr
	}
	;
	assign FullDuplexMuxModule_L94F13L104T14_1_FullDuplexMuxModule_L96F47T78_ExprRhs = {
		{2{1'b0}},
		FullDuplexMuxModule_L94F13L104T14_1_rightIndex
	}
	;
	assign FullDuplexMuxModule_L94F13L104T14_2_FullDuplexMuxModule_L96F47T78_ExprLhs = {
		1'b0,
		Inputs_iRightAddr
	}
	;
	assign FullDuplexMuxModule_L94F13L104T14_2_FullDuplexMuxModule_L96F47T78_ExprRhs = {
		1'b0,
		FullDuplexMuxModule_L94F13L104T14_2_rightIndex
	}
	;
	assign FullDuplexMuxModule_L94F13L104T14_3_FullDuplexMuxModule_L96F47T78_ExprLhs = {
		1'b0,
		Inputs_iRightAddr
	}
	;
	assign FullDuplexMuxModule_L94F13L104T14_3_FullDuplexMuxModule_L96F47T78_ExprRhs = {
		1'b0,
		FullDuplexMuxModule_L94F13L104T14_3_rightIndex
	}
	;
	assign FullDuplexMuxModule_L118F13L128T14_0_FullDuplexMuxModule_L120F46T75_ExprLhs = {
		1'b0,
		Inputs_iLeftAddr
	}
	;
	assign FullDuplexMuxModule_L118F13L128T14_0_FullDuplexMuxModule_L120F46T75_ExprRhs = {
		1'b0,
		FullDuplexMuxModule_L118F13L128T14_0_leftIndex
	}
	;
	assign FullDuplexMuxModule_L94F13L104T14_0_FullDuplexMuxModule_L96F21T78_Expr_1 = Inputs_iRightAddrValid;
	assign FullDuplexMuxModule_L94F13L104T14_0_FullDuplexMuxModule_L96F21T78_Expr_2 = FullDuplexMuxModule_L94F13L104T14_0_FullDuplexMuxModule_L96F47T78_Expr;
	assign FullDuplexMuxModule_L94F13L104T14_1_FullDuplexMuxModule_L96F21T78_Expr_1 = Inputs_iRightAddrValid;
	assign FullDuplexMuxModule_L94F13L104T14_1_FullDuplexMuxModule_L96F21T78_Expr_2 = FullDuplexMuxModule_L94F13L104T14_1_FullDuplexMuxModule_L96F47T78_Expr;
	assign FullDuplexMuxModule_L94F13L104T14_2_FullDuplexMuxModule_L96F21T78_Expr_1 = Inputs_iRightAddrValid;
	assign FullDuplexMuxModule_L94F13L104T14_2_FullDuplexMuxModule_L96F21T78_Expr_2 = FullDuplexMuxModule_L94F13L104T14_2_FullDuplexMuxModule_L96F47T78_Expr;
	assign FullDuplexMuxModule_L94F13L104T14_3_FullDuplexMuxModule_L96F21T78_Expr_1 = Inputs_iRightAddrValid;
	assign FullDuplexMuxModule_L94F13L104T14_3_FullDuplexMuxModule_L96F21T78_Expr_2 = FullDuplexMuxModule_L94F13L104T14_3_FullDuplexMuxModule_L96F47T78_Expr;
	assign FullDuplexMuxModule_L118F13L128T14_0_FullDuplexMuxModule_L120F21T75_Expr_1 = Inputs_iLeftAddrValid;
	assign FullDuplexMuxModule_L118F13L128T14_0_FullDuplexMuxModule_L120F21T75_Expr_2 = FullDuplexMuxModule_L118F13L128T14_0_FullDuplexMuxModule_L120F46T75_Expr;
	assign Inputs_iLeft[0] = iLeft0;
	assign Inputs_iLeftAddr = iLeftAddr;
	assign Inputs_iLeftAddrValid = iLeftAddrValid;
	assign Inputs_iRight[0] = iRight0;
	assign Inputs_iRight[1] = iRight1;
	assign Inputs_iRight[2] = iRight2;
	assign Inputs_iRight[3] = iRight3;
	assign Inputs_iRightAddr = iRightAddr;
	assign Inputs_iRightAddrValid = iRightAddrValid;
	assign oLeft0 = mOutLeftData[0];
	assign oLeft1 = mOutLeftData[1];
	assign oLeft2 = mOutLeftData[2];
	assign oLeft3 = mOutLeftData[3];
	assign oMuxLeftData[137] = mMuxLeftData_B_BREADY;
	assign oMuxLeftData[136] = mMuxLeftData_W_WVALID;
	assign oMuxLeftData[135:128] = mMuxLeftData_W_WUSER;
	assign oMuxLeftData[127] = mMuxLeftData_W_WLAST;
	assign oMuxLeftData[126:123] = mMuxLeftData_W_WSTRB;
	assign oMuxLeftData[122:115] = mMuxLeftData_W_WDATA[3];
	assign oMuxLeftData[114:107] = mMuxLeftData_W_WDATA[2];
	assign oMuxLeftData[106:99] = mMuxLeftData_W_WDATA[1];
	assign oMuxLeftData[98:91] = mMuxLeftData_W_WDATA[0];
	assign oMuxLeftData[90:83] = mMuxLeftData_W_WID;
	assign oMuxLeftData[82] = mMuxLeftData_AW_AWVALID;
	assign oMuxLeftData[81:74] = mMuxLeftData_AW_AWUSER;
	assign oMuxLeftData[73:66] = mMuxLeftData_AW_AWREGION;
	assign oMuxLeftData[65:62] = mMuxLeftData_AW_AWQOS;
	assign oMuxLeftData[61:59] = mMuxLeftData_AW_AWPROT;
	assign oMuxLeftData[58:55] = mMuxLeftData_AW_AWCACHE;
	assign oMuxLeftData[54:53] = mMuxLeftData_AW_AWLOCK;
	assign oMuxLeftData[52:51] = mMuxLeftData_AW_AWBURST;
	assign oMuxLeftData[50:48] = mMuxLeftData_AW_AWSIZE;
	assign oMuxLeftData[47:40] = mMuxLeftData_AW_AWLEN;
	assign oMuxLeftData[39:8] = mMuxLeftData_AW_AWADDR;
	assign oMuxLeftData[7:0] = mMuxLeftData_AW_AWID;
	assign oMuxRightData[20] = mMuxRightData_W_WREADY;
	assign oMuxRightData[19] = mMuxRightData_B_BVALID;
	assign oMuxRightData[18:11] = mMuxRightData_B_BUSER;
	assign oMuxRightData[10:9] = mMuxRightData_B_BRESP;
	assign oMuxRightData[8:1] = mMuxRightData_B_BID;
	assign oMuxRightData[0] = mMuxRightData_AW_AWREADY;
	assign oRight0 = mOutRightData[0];
	// [BEGIN USER ARCHITECTURE]
	// [END USER ARCHITECTURE]
endmodule